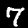
Label: 7